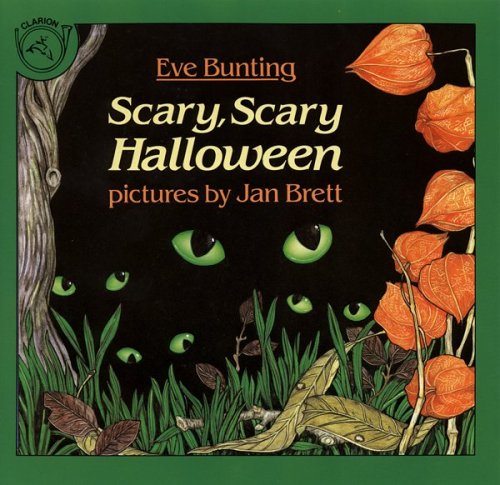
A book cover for Scary, Scary Halloween; Eve Bunting; Children's Books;